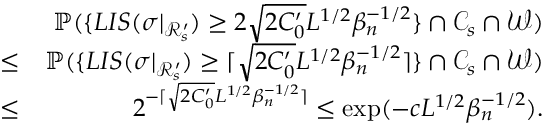
\begin{array} { r l r } & { } & { \mathbb { P } ( \{ L I S ( \sigma | _ { \mathcal { R } _ { s } ^ { \prime } } ) \geq 2 \sqrt { 2 C _ { 0 } ^ { \prime } } L ^ { 1 \slash 2 } \beta _ { n } ^ { - 1 \slash 2 } \} \cap \mathcal { C } _ { s } \cap \mathcal { W } ) } \\ & { \leq } & { \mathbb { P } ( \{ L I S ( \sigma | _ { \mathcal { R } _ { s } ^ { \prime } } ) \geq \lceil \sqrt { 2 C _ { 0 } ^ { \prime } } L ^ { 1 \slash 2 } \beta _ { n } ^ { - 1 \slash 2 } \rceil \} \cap \mathcal { C } _ { s } \cap \mathcal { W } ) } \\ & { \leq } & { 2 ^ { - \lceil \sqrt { 2 C _ { 0 } ^ { \prime } } L ^ { 1 \slash 2 } \beta _ { n } ^ { - 1 \slash 2 } \rceil } \leq \exp ( - c L ^ { 1 \slash 2 } \beta _ { n } ^ { - 1 \slash 2 } ) . } \end{array}